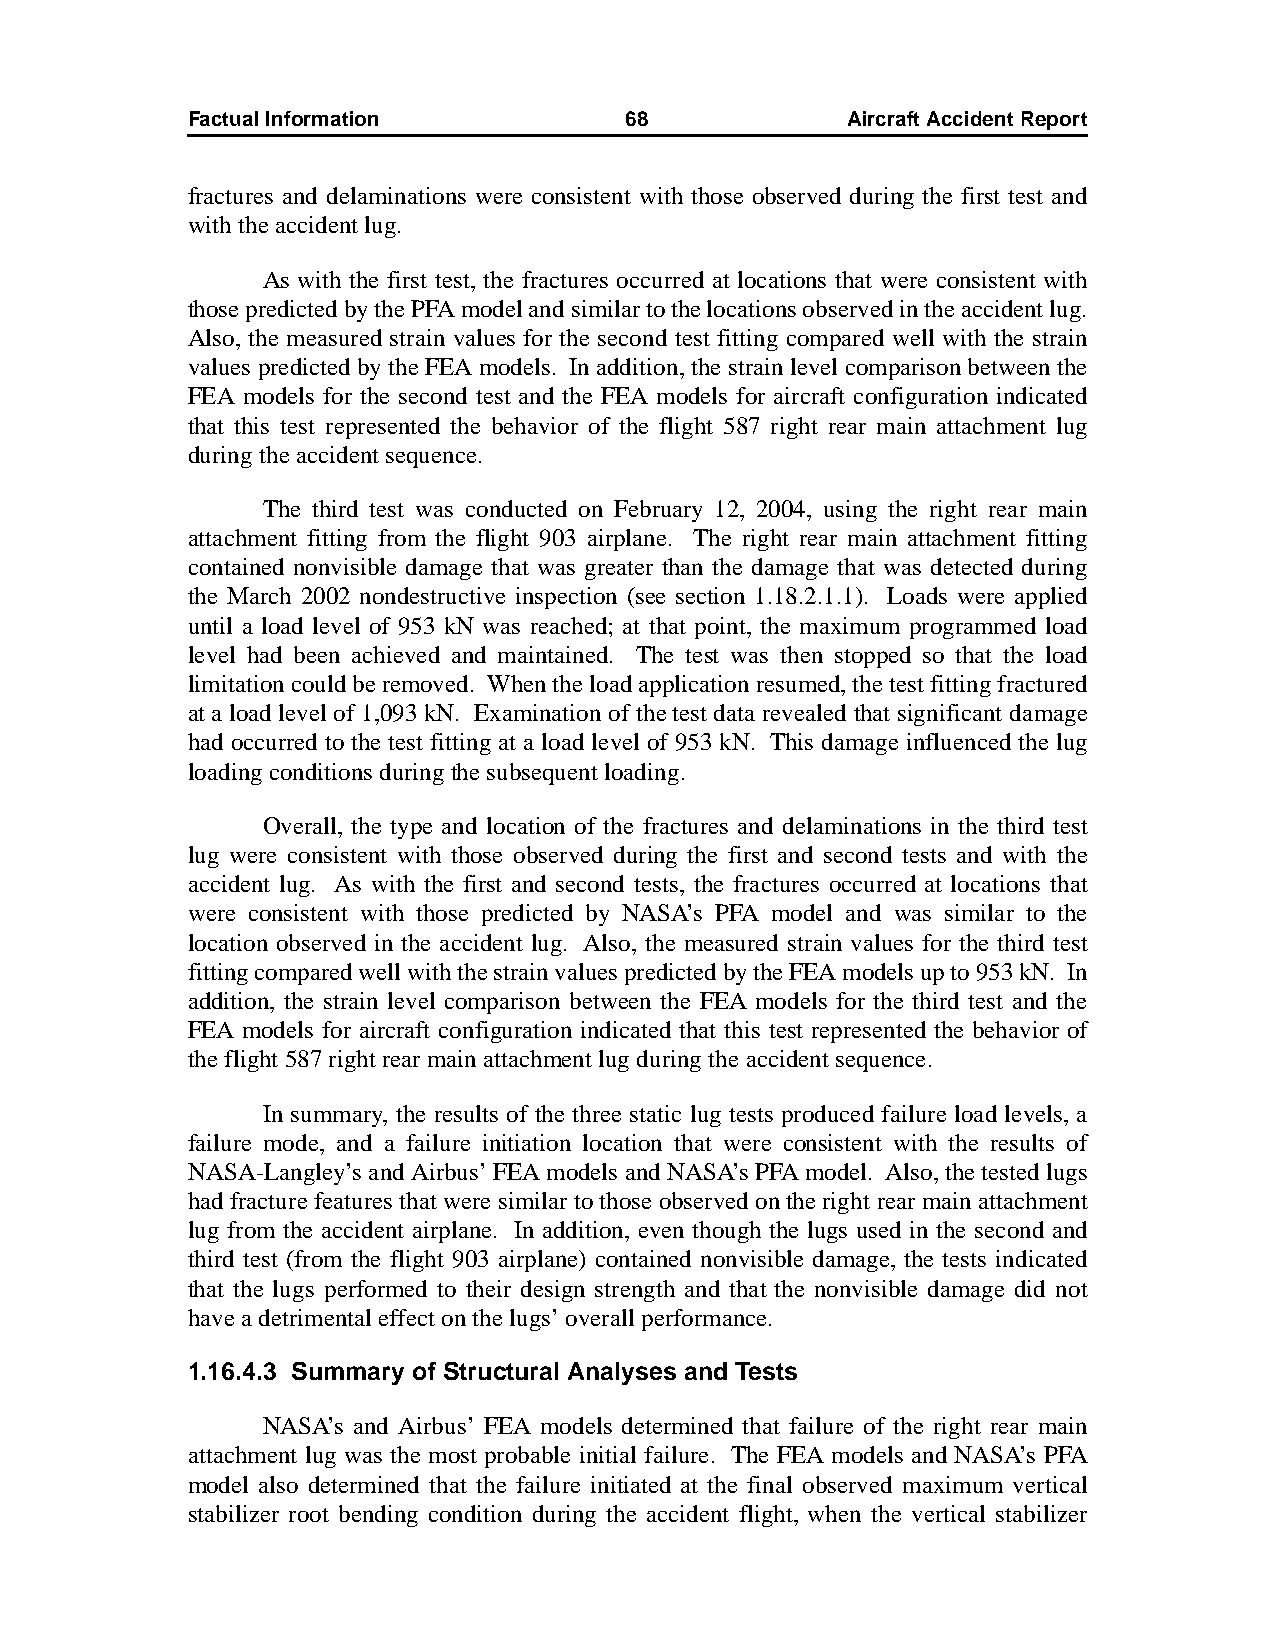
Factual Information          68             AircraftAccidentReport
 fractures and delaminations were consistent with those observed during the first test and
 with the accident lug.
 As with the first test, the fractures occurred at locations that were consistent with
 those predicted by the PFA model and similar to the locations observed in the accident lug.
 Also, the measured strain values for the second test fitting compared well with the strain
 values predicted by the FEA models. In addition, the strain level comparison between the
 FEA models for the second test and the FEA models for aircraft configuration indicated
 that this test represented the behavior of the flight 587 right rear main attachment lug
 during the accident sequence.
 The third test was conducted on February 12, 2004, using the right rear main
 attachment fitting from the flight 903 airplane. The right rear main attachment fitting
 contained nonvisible damage that was greater than the damage that was detected during
 the March 2002 nondestructive inspection (see section 1.18.2.1.1). Loads were applied
 until a load level of 953 kN was reached; at that point, the maximum programmed load
 level had been achieved and maintained. The test was then stopped so that the load
 limitation could be removed. When the load application resumed, the test fitting fractured
 at a load level of 1,093 kN. Examination of the test data revealed that significant damage
 had occurred to the test fitting at a load level of 953 kN. This damage influenced the lug
 loading conditions during the subsequent loading.
 Overall, the type and location of the fractures and delaminations in the third test
 lug were consistent with those observed during the first and second tests and with the
 accident lug. As with the first and second tests, the fractures occurred at locations that
 were consistent with those predicted by NASA’s PFA model and was similar to the
 location observed in the accident lug. Also, the measured strain values for the third test
 fitting compared well with the strain values predicted by the FEA models up to 953 kN. In
 addition, the strain level comparison between the FEA models for the third test and the
 FEA models for aircraft configuration indicated that this test represented the behavior of
 the flight 587 right rear main attachment lug during the accident sequence.
 In summary, the results of the three static lug tests produced failure load levels, a
 failure mode, and a failure initiation location that were consistent with the results of
 NASA-Langley’s and Airbus’ FEA models and NASA’s PFA model. Also, the tested lugs
 had fracture features that were similar to those observed on the right rear main attachment
 lug from the accident airplane. In addition, even though the lugs used in the second and
 third test (from the flight 903 airplane) contained nonvisible damage, the tests indicated
 that the lugs performed to their design strength and that the nonvisible damage did not
 have a detrimental effect on the lugs’ overall performance.
 1.16.4.3 Summary of Structural Analyses and Tests
 NASA’s and Airbus’ FEA models determined that failure of the right rear main
 attachment lug was the most probable initial failure. The FEA models and NASA’s PFA
 model also determined that the failure initiated at the final observed maximum vertical
 stabilizer root bending condition during the accident flight, when the vertical stabilizer